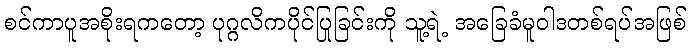
စင်ကာပူအစိုးရကတော့ ပုဂ္ဂလိကပိုင်ပြုခြင်းကို သူ့ရဲ့ အခြေခံမူဝါဒတစ်ရပ်အဖြစ်